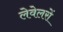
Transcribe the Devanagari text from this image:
लेवेलरों